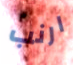
ارنب